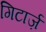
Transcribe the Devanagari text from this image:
गिटार्ज़